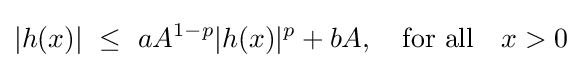
|h(x)|~\leq ~aA^{1-p}|h(x)|^{p}+bA,\quad {\text{for all}}\quad x>0